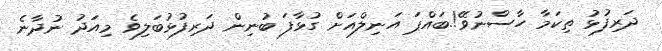
ދަރިފުޅު ތިކަމާ ހާސްނުވޭ!.ބައްޕަ އަނިލްއަށް ގުޅާފަ ބުނިން ދަރިފުޅުބަލިވެ މިއަދު ނުދާނެ